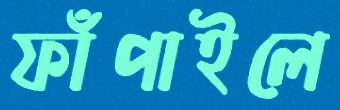
ফাঁপাইলে